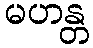
မဟန္တ